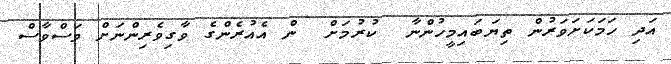
އަދި ހަމަކަށަވަރުން ތިޔަބައިމީހުންނާ  ކުރުމަށް  ން އެއުރެންގެ ވާގިވެރިންނަށް ވަސްވާސް